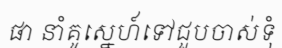
ផា នាំគូស្នេហ៍ទៅជួបចាស់ទុំ